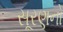
સૂરણનો